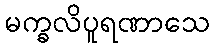
မက္ခလိပူရဏာသေ